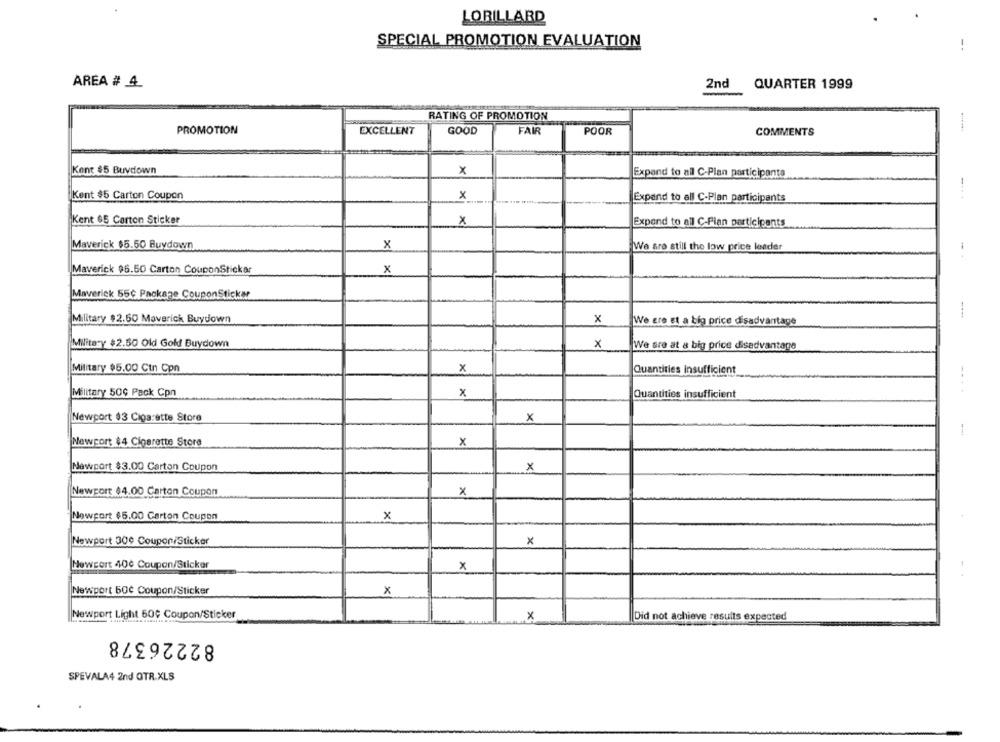
LORILLARD
SPECIAL PROMOTION EVALUATION
-.
AREA # 4
2nd
QUARTER 1999
RATING OF PROMOTION
PROMOTION
EXCELLENT
GOOD
FAIR
POOR
COMMENTS
Kent $5 Buvdown
x
Expand to all C-Plan participants
Kent $5 Carton Coupon
x
Expand to all C-Plan participants
-.. +
Kent 65 Carton Sticker
X
Expand to all C-Plan participants
Maverick $5.50 Buydown
X
We are still the low price leader
|Maverick 96.50 Carton CouponSticker
x
Maverick 55℃ Package CouponSticks
Military $2.60 Maverick Buydown
x
We ere et a big price disadvantage
Military $2.50 Old Golf Buydown
x
We are at & big price disadvantage
Military $5.00 Ctn Cpn
x
Quantities insufficient
Military 50℃ Pack Cpn
Quantities insufficient
Newport $3 Cigarette Store
x
Newport $4 Cigarette Store
x
Newport $3.00 Carton Coupon
x
x
Newport $4.00 Carton Coupon
Newport $5.00 Carton Coupon
x
Newport 300 Coupon/Sticker
x
Newport 40¢ Coupon/Sticker
x
Newport 50€ Coupon/Sticker
x
Newport Light 50℃ Coupon/Sticker
x
Did not achieve results expected
82226378
SPEVALA4 2nd QTR.XLS